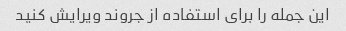
این جمله را برای استفاده از جروند ویرایش کنید